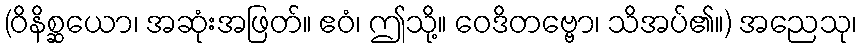
(ဝိနိစ္ဆယော၊ အဆုံးအဖြတ်။ ဧဝံ၊ ဤသို့။ ဝေဒိတဗ္ဗော၊ သိအပ်၏။) အညေသု၊